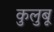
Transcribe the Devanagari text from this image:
कुलुबू